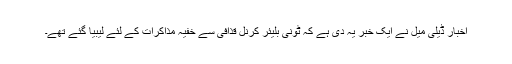
اخبار ڈیلی میل نے ایک خبر یہ دی ہے کہ ٹونی بلیئر کرنل قذافی سے خفیہ مذاکرات کے لئے لیبیا گئے تھے۔